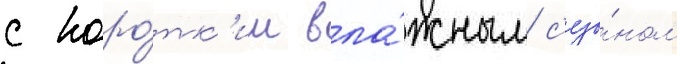
с коро́тк'им вла́жным с'езо́ном